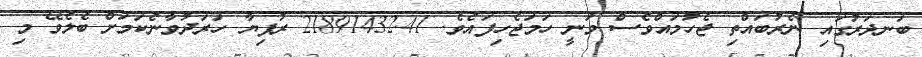
ބަނދަރުގައި ނެރުބައްތި ޖެހުމައްވެސް ވަނީ ހަމަޖެހިފައެވެ. 21891432.41 ރުފިޔާ ހަރަދުވާނެކަމަށް ބެލެވޭ މި